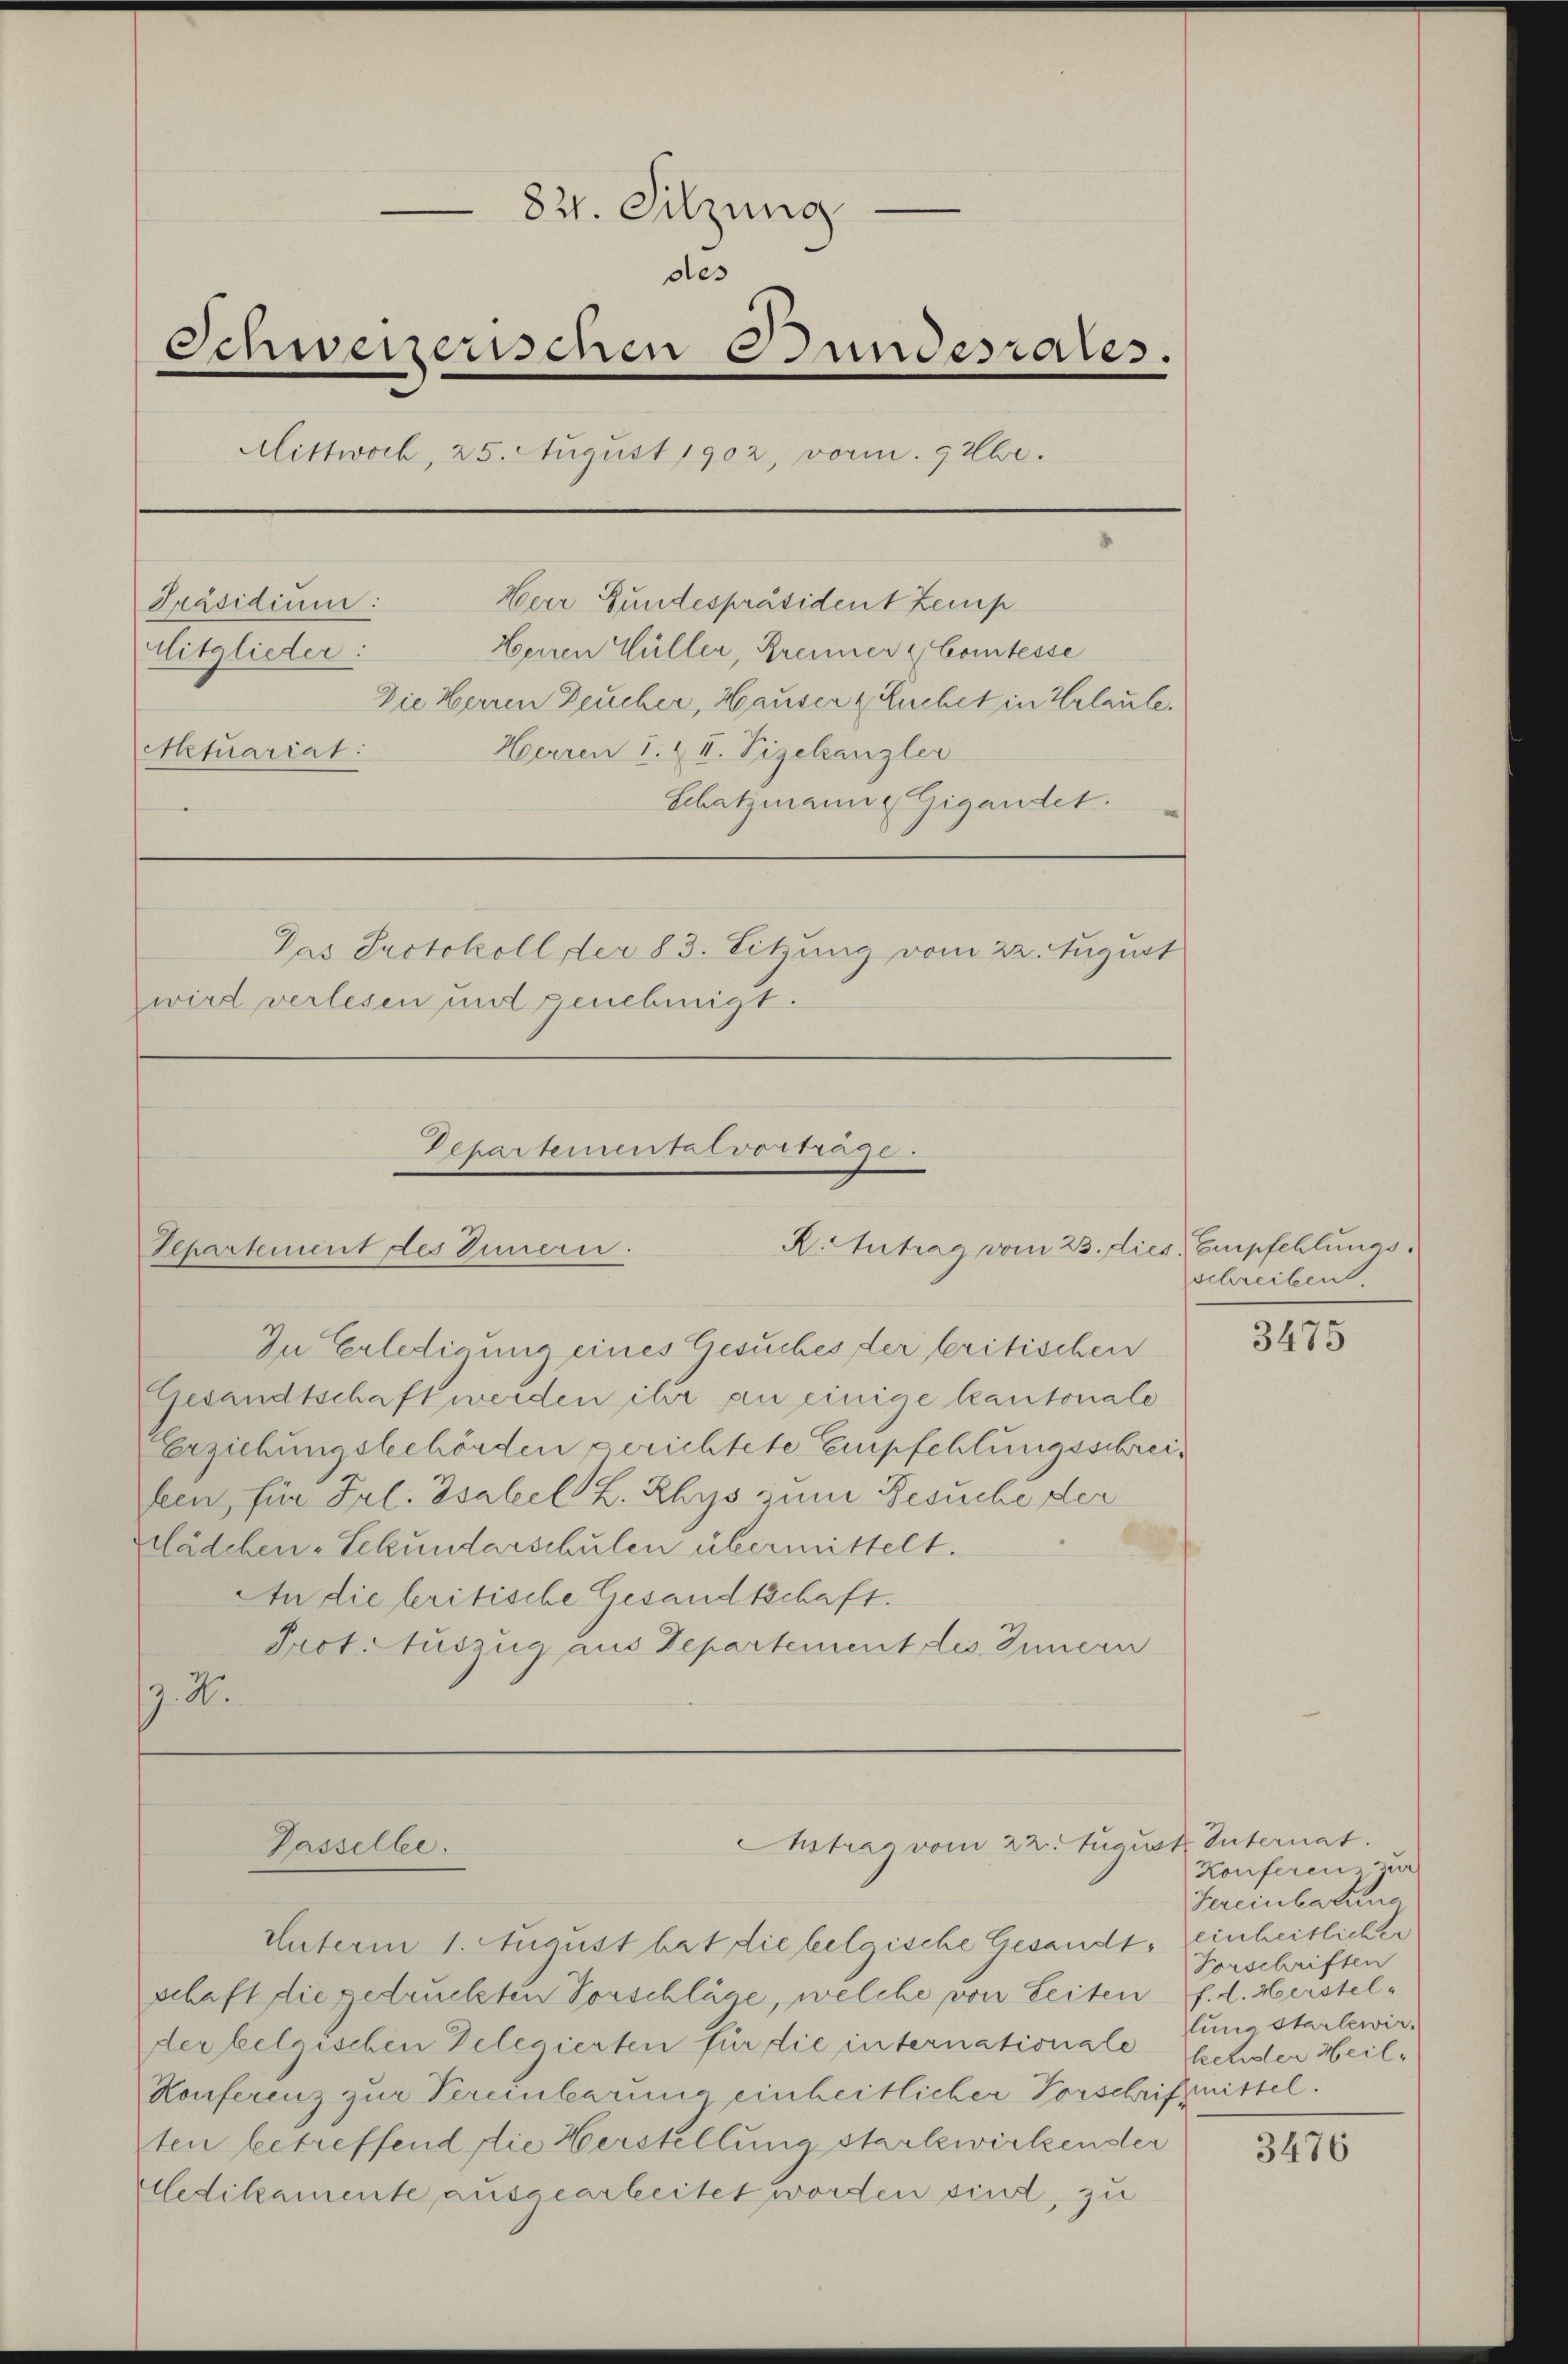
82. Sitzung
des
Schweizerischen Bundesrates.
Mittwoch, 25. August 1902, vorm. 9 Uhr.
Herr Gundespräsident Kemp
Präsidium:
Herren Hüller, Brenner & Comtesse
Mitglieder:
Die Herren Deucher, Hauser z. Suchet in Urlaule.
Herren 1. & II. Vizekanzlei
Actuariat
Schatzmanne Gigandet.
Das Justokoll der 83. Sitzung vom 22. August
wird verlesen und genehmigt.

Departemental vortrage
R. Antrag vom 23. dies Empfehlungs¬
Departement des Innern.

In Erledigung eines Gesuches der beritischen
Gesandtschaft werden ihr an einige Kantonale
Erziehungsbehörden gerichtete Empfehlungsschreifeen, für Frl. Tsabel L. Rhys zum Besuche der
Klädchen-Sekundarschulen übermittelt.
An die beritische Gesandtschaft.
Prot. Auszug aus Departement les Innern
7.4.

Gasselbe.

Unterm 1. August hat die belgische Gesandtschaft die gedruckten Vorschlüge, welche von Seiten f. d. Herstelder belgischen Delegierten für die internationale
Konferenz zur Vereinbarung einheitlicher Vorschriftnissel.
ten betreffend die Herstellung starkewirkender
Medikamente ausgearbeitet worden sind, zu

Ihstrag vom 22. Augus

schreiben.

3475

et Unternat.
Konferenz zur
Hereinbarung
einheitlicher
Vorschriften
lung starlewir
kehdler Heil¬

3476